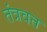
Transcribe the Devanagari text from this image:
तंत्रवत